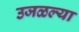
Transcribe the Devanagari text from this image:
उजळल्या